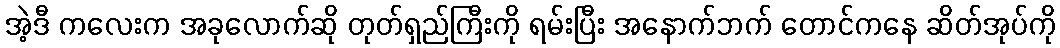
အဲ့ဒီ ကလေးက အခုလောက်ဆို တုတ်ရှည်ကြီးကို ရမ်းပြီး အနောက်ဘက် တောင်ကနေ ဆိတ်အုပ်ကို